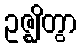
ဥဇ္ဈိတွာ